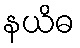
နယိဓ